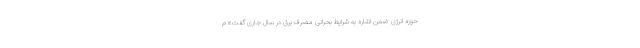
حوزه انرژی ضمن اشاره به شرایط بحرانی مصرف برق در سال جاری گفت:« م